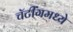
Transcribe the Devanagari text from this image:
चॅटींगमध्ये